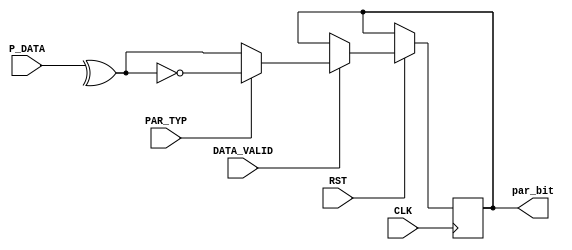
module parity_calc (
    input [7:0] P_DATA,
    input DATA_VALID,
    input PAR_TYP,
    input CLK, RST,
    output reg par_bit
);

reg [7:0] data_reg;
reg parity;

always @(posedge CLK or negedge RST) 
	begin
		if (!RST) 
			begin
				data_reg <= P_DATA; 
				parity <= 1'b0; 
			end 
			
		else if (DATA_VALID)
			begin
				parity = ^P_DATA; 
				
				if (PAR_TYP) 
					begin
						par_bit <= ~parity; // Odd parity
					end 
				else 
					begin
						par_bit <= parity; // Even parity
					end
			end
	end

endmodule